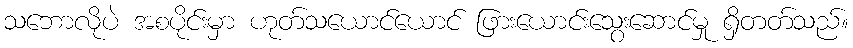
သဘောလိုပဲ အစပိုင်းမှာ ဟုတ်သယောင်ယောင် ဖြားယောင်းသွေးဆောင်မှု ရှိတတ်သည်။